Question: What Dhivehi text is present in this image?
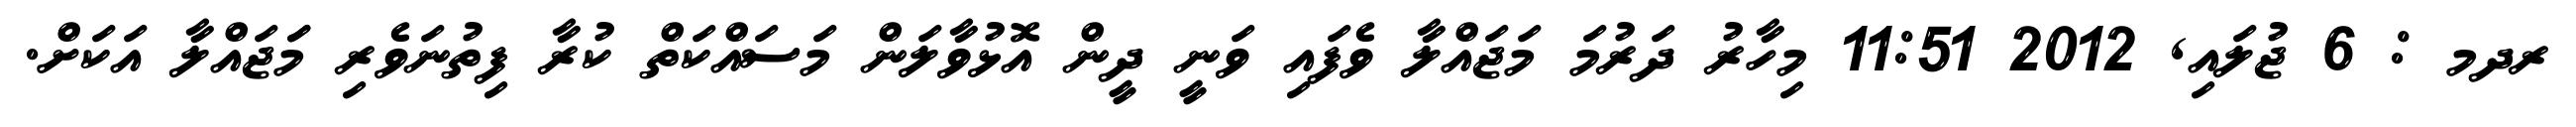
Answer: ރދމ : 6 ޖުލައި, 2012 11:51 މިހާރު ދަރުމަ މަޖައްލާ ވެފައި ވަނީ ދީން އޮޅުވާލަން މަސައްކަތް ކުރާ ފިތުނަވެރި މަަޖައްލާ އަކަށް.